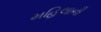
મહિલાની